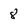
Character: 8